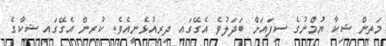
މަތިން ޝިކާ ޔުމްނުގެ ސިފައަށް ބަދަލުވެ އެގޭގައި ދިރިއުޅެނީއެވެ. ކުރިން އެގޭގައި ޝިކާގެ